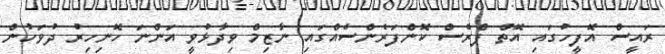
ރައީސް އޮފީހުގައި އޮތް ޕްރެސް ކޮންފަރެންސެއްގައި ނާޒިމް ވިދާޅުވީ އަންނަ ހޮނިހިރު ދުވަހުން